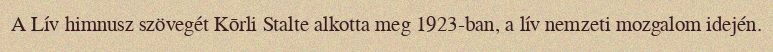
A Lív himnusz szövegét Kōrli Stalte alkotta meg 1923-ban, a lív nemzeti mozgalom idején.